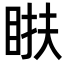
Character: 𥆭